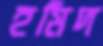
হমিদ